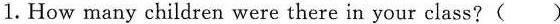
1. How many children were there in your class?（）